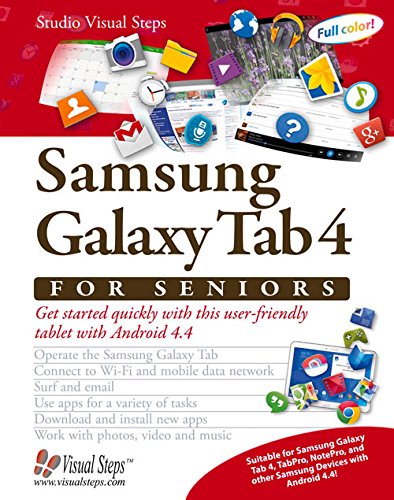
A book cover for Samsung Galaxy Tab 4 for Seniors: Get Started Quickly with This User-Friendly Tablet with Android 4.4 (Computer Books for Seniors series); Studio Visual Steps; Computers & Technology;